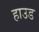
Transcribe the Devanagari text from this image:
हाउड